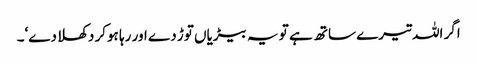
اگر اللہ تیرے ساتھ ہے تو یہ بیڑیاں توڑ دے اور رہا ہوکر دکھلا دے‘۔